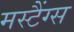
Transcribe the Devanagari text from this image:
मस्टैंग्स